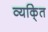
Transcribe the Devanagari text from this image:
व्यकि्‌त